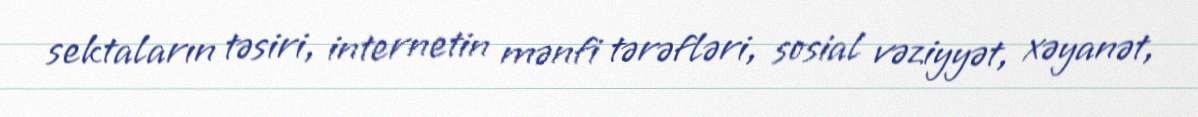
sektaların təsiri, internetin mənfi tərəfləri, sosial vəziyyət, xəyanət,